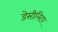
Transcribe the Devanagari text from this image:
डेसीलिटर